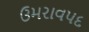
ઉમરાવપદ